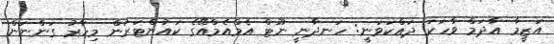
އަޒީމާ އާދަމް ވާހަކަ ދައްކަވަނީ: ހަނދާނީ ނޫޓް އެމްއެމްއޭގެ ކައުންޓަރުން މިހާރު ގަންނަން